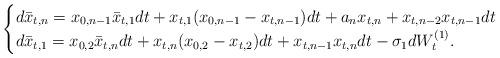
LaTeX: \begin{align*}\begin{cases}d\bar{x}_{t,n} = x_{0,n-1}\bar{x}_{t,1} dt + x_{t,1}(x_{0,n-1} - x_{t,n-1})dt + a_n x_{t,n} + x_{t,n-2}x_{t,n-1}dt \\ d\bar{x}_{t,1} = x_{0,2}\bar{x}_{t,n}dt + x_{t,n}(x_{0,2} - x_{t,2})dt + x_{t,n-1}x_{t,n}dt - \sigma_1 dW_t^{(1)}.\end{cases}\end{align*}